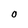
Character: O